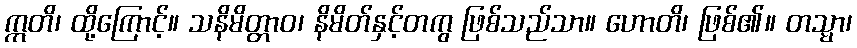
ဣတိ၊ ထို့ကြောင့်။ သနိမိတ္တာဝ၊ နိမိတ်နှင့်တကွ ဖြစ်သည်သာ။ ဟောတိ၊ ဖြစ်၏။ တသ္မာ၊